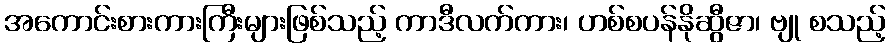
အကောင်းစားကားကြီးများဖြစ်သည့် ကာဒီလက်ကား၊ ဟစ်စပန်နိုဆွီဇာ၊ ဗျု စသည့်